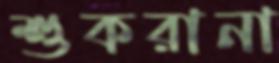
শুকরানা